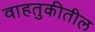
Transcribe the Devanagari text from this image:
वाहतुकीतील